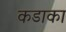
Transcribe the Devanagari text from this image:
कडाका